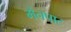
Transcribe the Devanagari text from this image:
मेनपाट